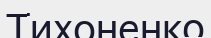
Тихоненко